Report on sanitation, dispensaries, and jails in Rajputana for 1914, and on vaccination for the year 1914-1915 - 1914-1915
Year: 1914
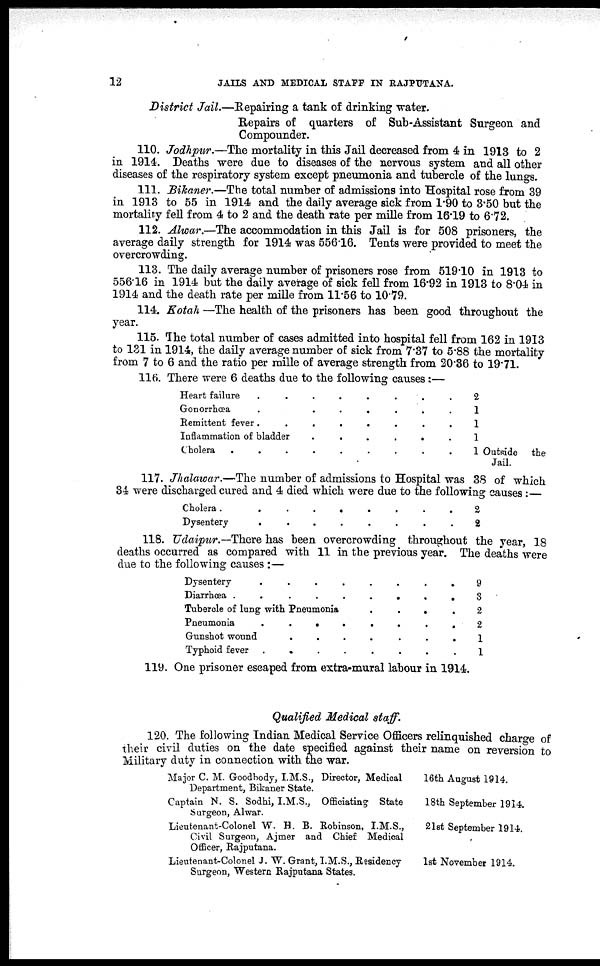
12
JAILS AND MEDICAL STAFF IN RAJPUTANA.
District Jail.—Repairing a tank of drinking water.
Repairs of quarters of Sub-Assistant Surgeon and
Compounder.
110. Jodhpur.—The mortality in this Jail decreased from 4 in 1913 to 2
in 1914. Deaths were due to diseases of the nervous system and all other
diseases of the respiratory system except pneumonia and tubercle of the lungs.
111. Bikaner.—The total number of admissions into Hospital rose from 39
in 1913 to 55 in 1914 and the daily average sick from 1.90 to 3.50 but the
mortality fell from 4 to 2 and the death rate per mille from 16.19 to 6.72.
112. Alwar.—The accommodation in this Jail is for 508 prisoners, the
average daily strength for 1914 was 556.16. Tents were provided to meet the
overcrowding.
113. The daily average number of prisoners rose from 519.10 in 1913 to
556.16 in 1914 but the daily average of sick fell from 16.92 in 1913 to 8.04 in
1914 and the death rate per mille from 11.56 to 10.79.
114. Kotah —The health of the prisoners has been good throughout the
year.
115. The total number of cases admitted into hospital fell from 162 in 1913
to 131 in 1914, the daily average number of sick from 7.37 to 5.88 the mortality
from 7 to 6 and the ratio per mille of average strength from 20.36 to 19.71.
116. There were 6 deaths due to the following causes:—
Heart failure . . . . . . . .
Gonorrhœa
.
.
.
.
.
.
.
Remittent fever . . . . . . . .
Inflammation of bladder
.
.
.
.
.
.
Cholera . . . . . . . . .
2
1
1
1
1 Outside
the
Jail.
117. Jhalawar.—The number of admissions to Hospital was 38 of which
34 were discharged cured and 4 died which were due to the following causes : —
Cholera.
........
2
2
118. Udaipur.—There has been overcrowding throughout the year, 18
deaths occurred as compared with 11 in the previous year. The deaths were
due to the following causes :—
Dysentery . . . . . . . .
Diarrhœa .
.
.
.
.
.
.
Tubercle of lung with Pneumonia
.
.
.
.
Pneumonia . . . . . . . .
Gunshot wound . . . . . . .
Typhoid fever .
.
.
.
.
.
.
.
9
3
2
2
1
1
119. One prisoner escaped from extra-mural labour in 1914.
Qualified Medical staff.
120. The following Indian Medical Service Officers relinquished charge of
their civil duties on the date specified against their name on reversion to
Military duty in connection with the war.
Major C. M. Goodbody, I.M.S., Director, Medical
Department, Bikaner State.
Captain N. S. Sodhi, I.M.S., Officiating State
Surgeon, Alwar.
Lieutenant-Colonel W. H. B. Robinson, I.M.S.,
Civil Surgeon, Ajmer and Chief Medical
Officer, Rajputana.
Lieutenant-Colonel J. W. Grant, I.M.S., Residency
Surgeon, Western Rajputana States.
16th August 1914.
18th September 1914.
21st September 1914.
1st November 1914.